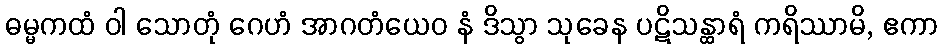
ဓမ္မကထံ ဝါ သောတုံ ဂေဟံ အာဂတံယေဝ နံ ဒိသွာ သုခေန ပဋိသန္ထာရံ ကရိဿာမိ, ဧကာ